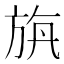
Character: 𣃯